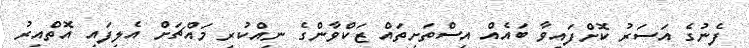
ފެނުގެ އަސަރު ކޮށްފައިވާ ބައެއް އިސްތަށިތައް ޒަކްވާންގެ ނިއްކުރި މައްޗަށް އެލިފައި އޮތްއިރު